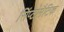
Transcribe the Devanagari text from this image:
सिंप्टोमैटिक